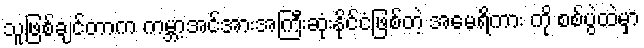
သူဖြစ်ချင်တာက ကမ္ဘာ့အင်အားအကြီးဆုံးနိုင်ငံဖြစ်တဲ့ အမေရိကား ကို စစ်ပွဲထဲမှာ